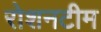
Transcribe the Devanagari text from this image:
रोशनटीम